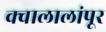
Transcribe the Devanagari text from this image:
क्वालालांपूर